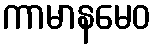
ကာမာနမေဝ